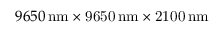
9 6 5 0 \, \mathrm { n m \times 9 6 5 0 \, \mathrm { n m \times 2 1 0 0 \, \mathrm { n m } } }